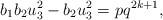
LaTeX: \begin{align*} b_{1}b_{2}u_{3}^{2} - b_{2}u_{3}^{2} = pq^{2k+1},\end{align*}